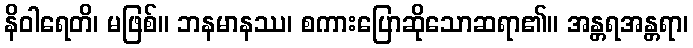
နိဝါရေတိ၊ မဖြစ်။ ဘနမာနဿ၊ စကားပြောဆိုသောဆရာ၏။ အန္တရအန္တရာ၊